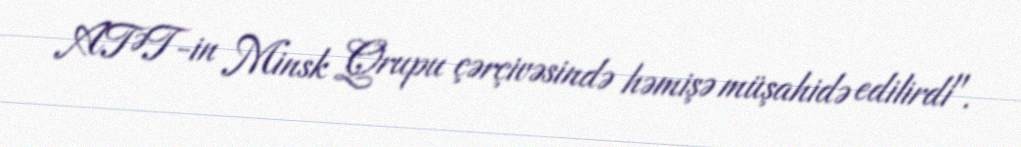
ATƏT-in Minsk Qrupu çərçivəsində həmişə müşahidə edilirdi".